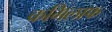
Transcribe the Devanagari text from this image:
कगिलाफ